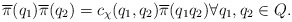
\begin{align*} \overline{\pi}(q_1) \overline{\pi}(q_2) = c_\chi(q_1, q_2) \overline{\pi}(q_1 q_2) \forall q_1,q_2\in Q.\end{align*}